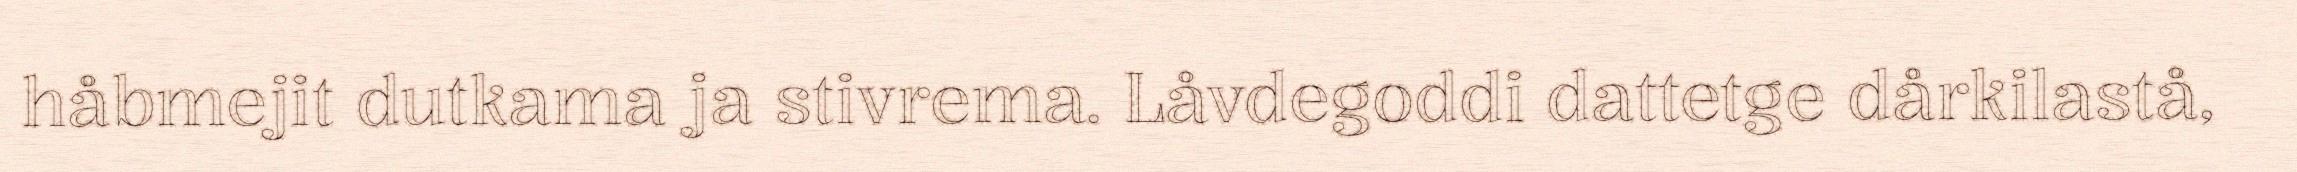
håbmejit dutkama ja stivrema. Låvdegoddi dattetge dårkilastå,